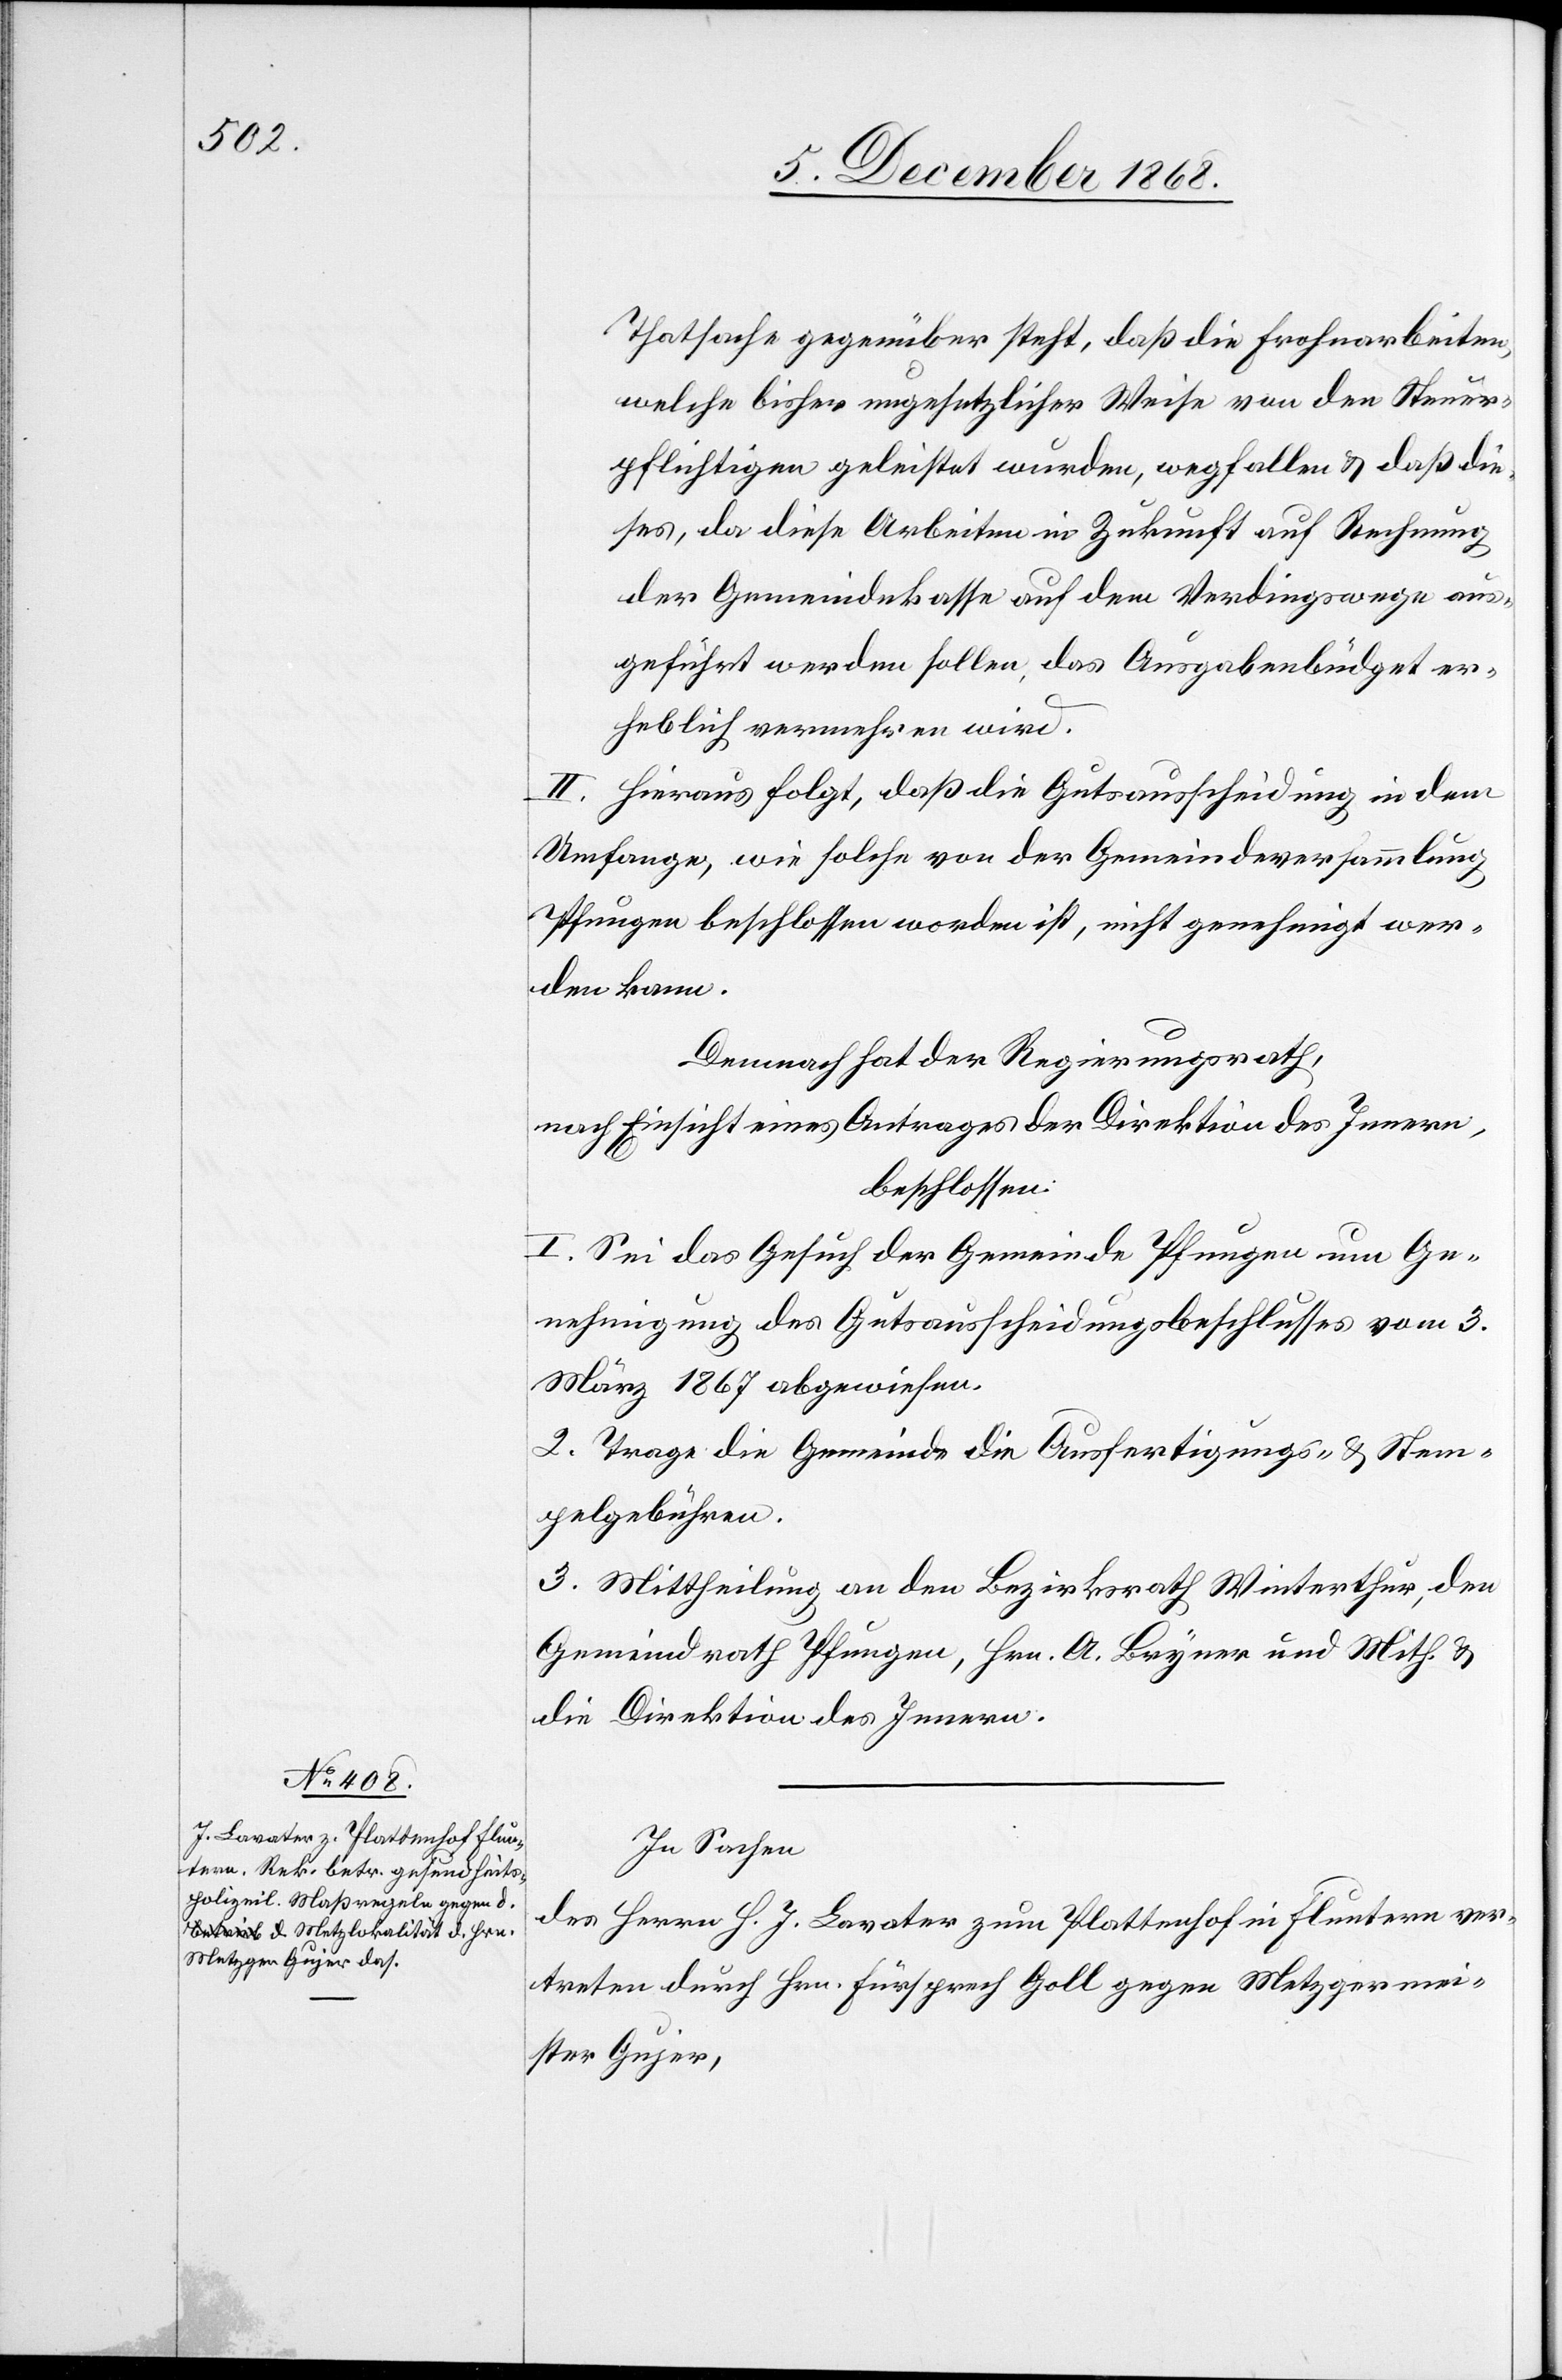
Thatsache gegenüber steht, daß die Frohnarbeiten,
welche bisher ungesetzlicher Weise von den Steuer¬
pflichtigen geleistet wurden, wegfallen & daß die¬
ses, da diese Arbeiten in Zukunft auf Rechnung
der Gemeindekasse auf dem Verdingswege aus¬
geführt werden sollen, das Ausgabenbüdget er¬
heblich vermehren wird.
II. Hieraus folgt, daß die Gutsausscheidung in dem
Umfange, wie solche von der Gemeindeversammlung
Pfungen beschlossen worden ist, nicht genehmigt wer¬
den kann.
Demnach hat der Regierungsrath,
nach Einsicht eines Antrages der Direktion des Innern,
beschlossen:
1.] Sei das Gesuch der Gemeinde Pfungen um Ge¬
nehmigung des Gutsausscheidungsbeschlusses vom 3.
März 1867 abgewiesen.
2. Trage die Gemeinde die Ausfertigungs- & Stem¬
pelgebühren.
3. Mittheilung an den Bezirksrath Winterthur, den
Gemeindrath Pfungen, Hrn. A. Bryner und Mith. &
die Direktion des Innern.
In Sachen
des Herrn H. J. Lavater zum Plattenhof in Fluntern ver¬
treten durch Hrn. Fürsprech Goll gegen Metzgermei¬
ster Gujer,